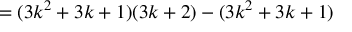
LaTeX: = ( 3 k ^ { 2 } + 3 k + 1 ) ( 3 k + 2 ) - ( 3 k ^ { 2 } + 3 k + 1 )